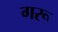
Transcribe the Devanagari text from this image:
गरू